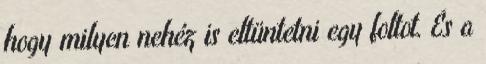
hogy milyen nehéz is eltüntetni egy foltot. És a